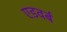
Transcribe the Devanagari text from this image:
एडवर्ब